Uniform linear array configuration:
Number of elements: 24
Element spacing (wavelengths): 0.5
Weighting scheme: exponential
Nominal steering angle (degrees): -15
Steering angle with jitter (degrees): -16.369
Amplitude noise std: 0.05
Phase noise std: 0.05

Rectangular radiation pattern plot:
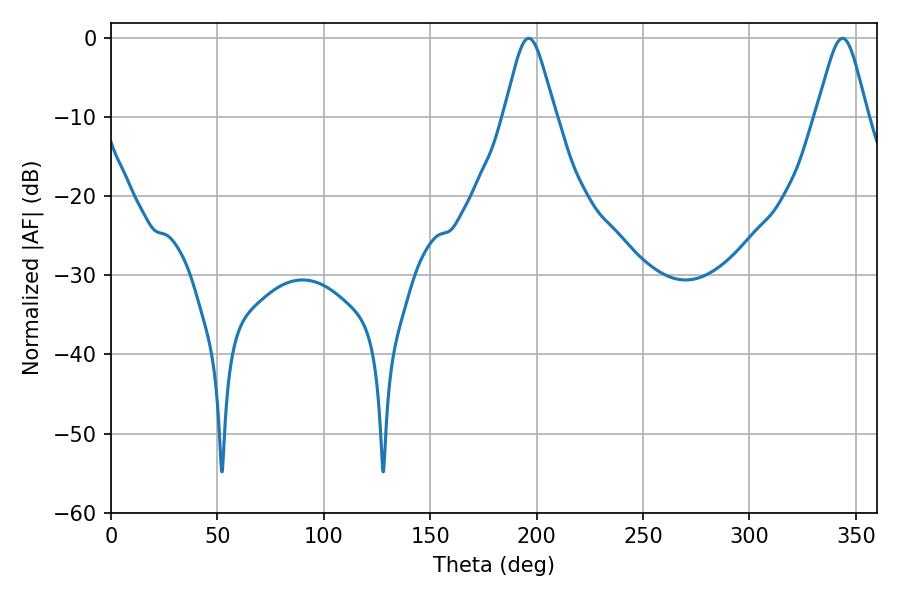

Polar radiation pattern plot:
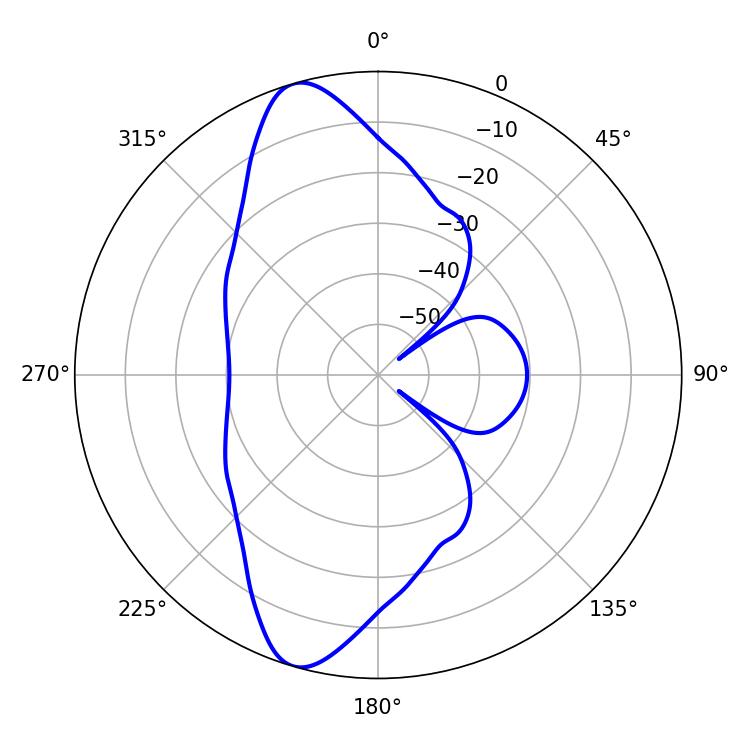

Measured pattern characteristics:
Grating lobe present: FALSE
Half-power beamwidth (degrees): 11.88
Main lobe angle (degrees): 196.2